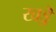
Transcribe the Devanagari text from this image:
खड्डॆ